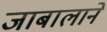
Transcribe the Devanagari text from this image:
जाबालाने